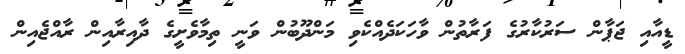
ޑީއާއި ޖަޕާން ސަރުކާރުގެ ފަރާތުން ވާހަކަދެއްކެވި މަންދޫބުން ވަނީ ތިމާވެށީގެ ދާއިރާއިން ރާއްޖެއިން